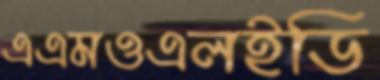
এএমওএলইডি